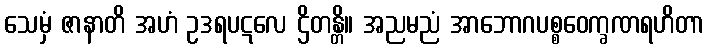
သေမှံ ဇာနာတိ အဟံ ဥဒရပဋလေ ဌိတန္တိ။ အညမညံ အာဘောဂပစ္စဝေက္ခဏရဟိတာ